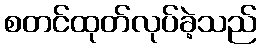
စတင်ထုတ်လုပ်ခဲ့သည်